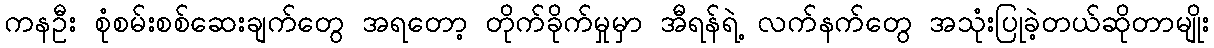
ကနဦး စုံစမ်းစစ်ဆေးချက်တွေ အရတော့ တိုက်ခိုက်မှုမှာ အီရန်ရဲ့ လက်နက်တွေ အသုံးပြုခဲ့တယ်ဆိုတာမျိုး